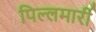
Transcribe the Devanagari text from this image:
पिल्‍लमार्री